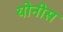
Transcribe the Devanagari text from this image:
योनीस